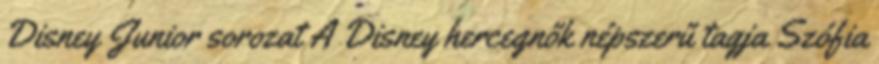
Disney Junior sorozat A Disney hercegnők népszerű tagja Szófia